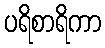
ပရိစာရိကာ